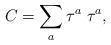
LaTeX: \begin{align*}C=\sum_{a} \tau^{a}\;\tau^{a},\end{align*}